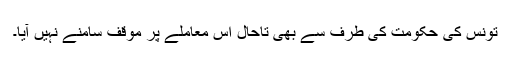
تونس کی حکومت کی طرف سے بھی تاحال اس معاملے پر موقف سامنے نہیں آیا۔